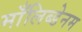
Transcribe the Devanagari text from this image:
माँलिब्डेनम